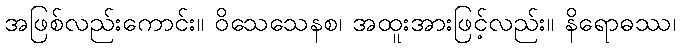
အဖြစ်လည်းကောင်း။ ဝိသေသေနစ၊ အထူးအားဖြင့်လည်း။ နိရောဓဿ၊